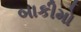
બાકીમો